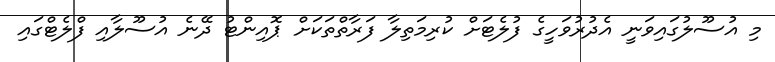
މި އުސޫލުގައިވަނީ އެދުރުވަހީގެ ފުލެޓަށް ކުރިމަތިލާ ފަރާތްތަކަށް ޕޮއިންޓު ދޭނެ އުސޫލާއި ފްލެޓްގައި